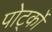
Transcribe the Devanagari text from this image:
पोर्ट्को